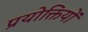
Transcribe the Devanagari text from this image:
प्रयोक्तियों